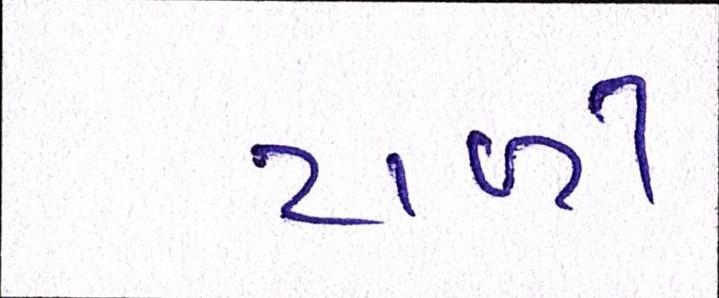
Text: ટાળી